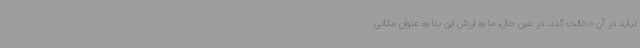
نباید در آن دخالت کند. در عین حال، ما به ارزش این بنا به عنوان مکانی